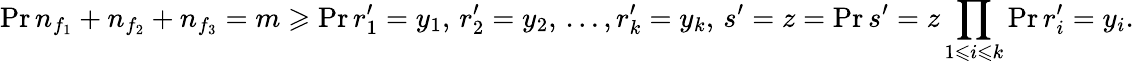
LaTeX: \operatorname*{Pr}{n_{f_{1}}+n_{f_{2}}+n_{f_{3}}=m}\geqslant\operatorname*{Pr}{r_{1}^{\prime}=y_{1},\, r_{2}^{\prime}=y_{2},\, \ldots,r_{k}^{\prime}=y_{k},\, s^{\prime}=z}=\operatorname*{Pr}{s^{\prime}=z}\prod_{1\leqslant i\leqslant k}\operatorname*{Pr}{r_{i}^{\prime}=y_{i}}.